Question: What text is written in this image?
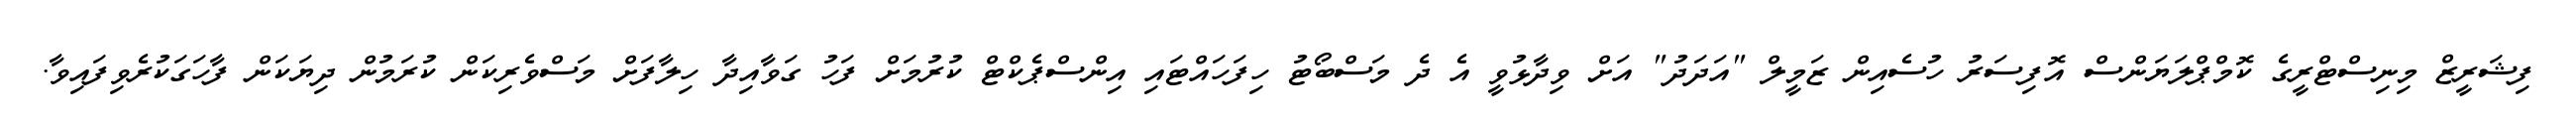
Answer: ފިޝަރީޒް މިނިސްޓްރީގެ ކޮމްޕްލަޔަންސް އޮފިސަރު ހުސެއިން ޒަމީލް "އަދަދު" އަށް ވިދާޅުވީ އެ ދެ މަސްބޯޓު ހިފަހައްޓައި އިންސްޕެކްޓް ކުރުމަށް ފަހު ގަވާއިދާ ހިލާފަށް މަސްވެރިކަން ކުރަމުން ދިޔަކަން ފާހަގަކުރެވިފައިވާ.